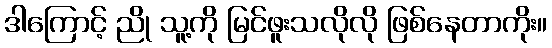
ဒါကြောင့် ညို သူ့ကို မြင်ဖူးသလိုလို ဖြစ်နေတာကိုး။